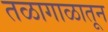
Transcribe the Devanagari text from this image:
तळागाळातून